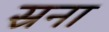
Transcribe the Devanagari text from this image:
स्रना